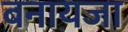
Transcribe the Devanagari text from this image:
बनायजा